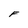
Character: F